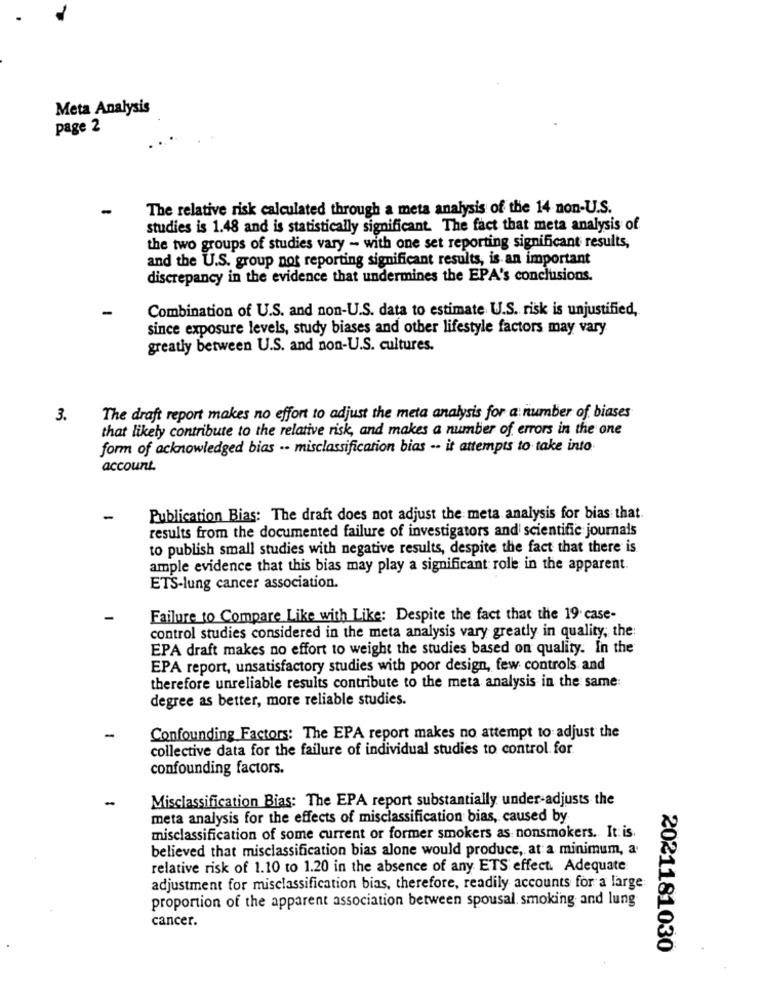
Meta Analysis
page 2
The relative risk calculated through a meta analysis of the 14 non-U.S.
studies is 1.48 and is statistically significant. The fact that meta analysis of
the two groups of studies vary - with one set reporting significant results,
and the U.S. group not reporting significant results, is an important
discrepancy in the evidence that undermines the EPA's conclusions.
Combination of U.S. and non-U.S. data to estimate U.S. risk is unjustified,
since exposure levels, study biases and other lifestyle factors may vary
greatly between U.S. and non-U.S. cultures.
3.
The draft report makes no effort to adjust the meta analysis for a number of biases
that likely contribute to the relative risk, and makes a number of errors in the one
form of acknowledged bias .. misclassification bias -- it attempts to take into
account.
-
Publication Bias: The draft does not adjust the meta analysis for bias that.
results from the documented failure of investigators and scientific journals
to publish small studies with negative results, despite the fact that there is.
ample evidence that this bias may play a significant role in the apparent.
ETS-lung cancer association.
Failure to Compare Like with Like: Despite the fact that the 19 case-
control studies considered in the meta analysis vary greatly in quality; the:
EPA draft makes no effort to weight the studies based on quality. In the
EPA report, unsatisfactory studies with poor design, few controls and
therefore unreliable results contribute to the meta analysis in the same
degree as better, more reliable studies.
Confounding Factors: The EPA report makes no attempt to adjust the
collective data for the failure of individual studies to control for.
confounding factors.
..
Misclassification Bias: The EPA report substantially under-adjusts the
meta analysis for the effects of misclassification bias, caused by
misclassification of some current or former smokers as nonsmokers. It is.
believed that misclassification bias alone would produce, at a minimum, a
relative risk of 1.10 to 1.20 in the absence of any ETS effect. Adequate
adjustment for misclassification bias, therefore, readily accounts for a large
proportion of the apparent association between spousal. smoking and lung
cancer.
2021181030